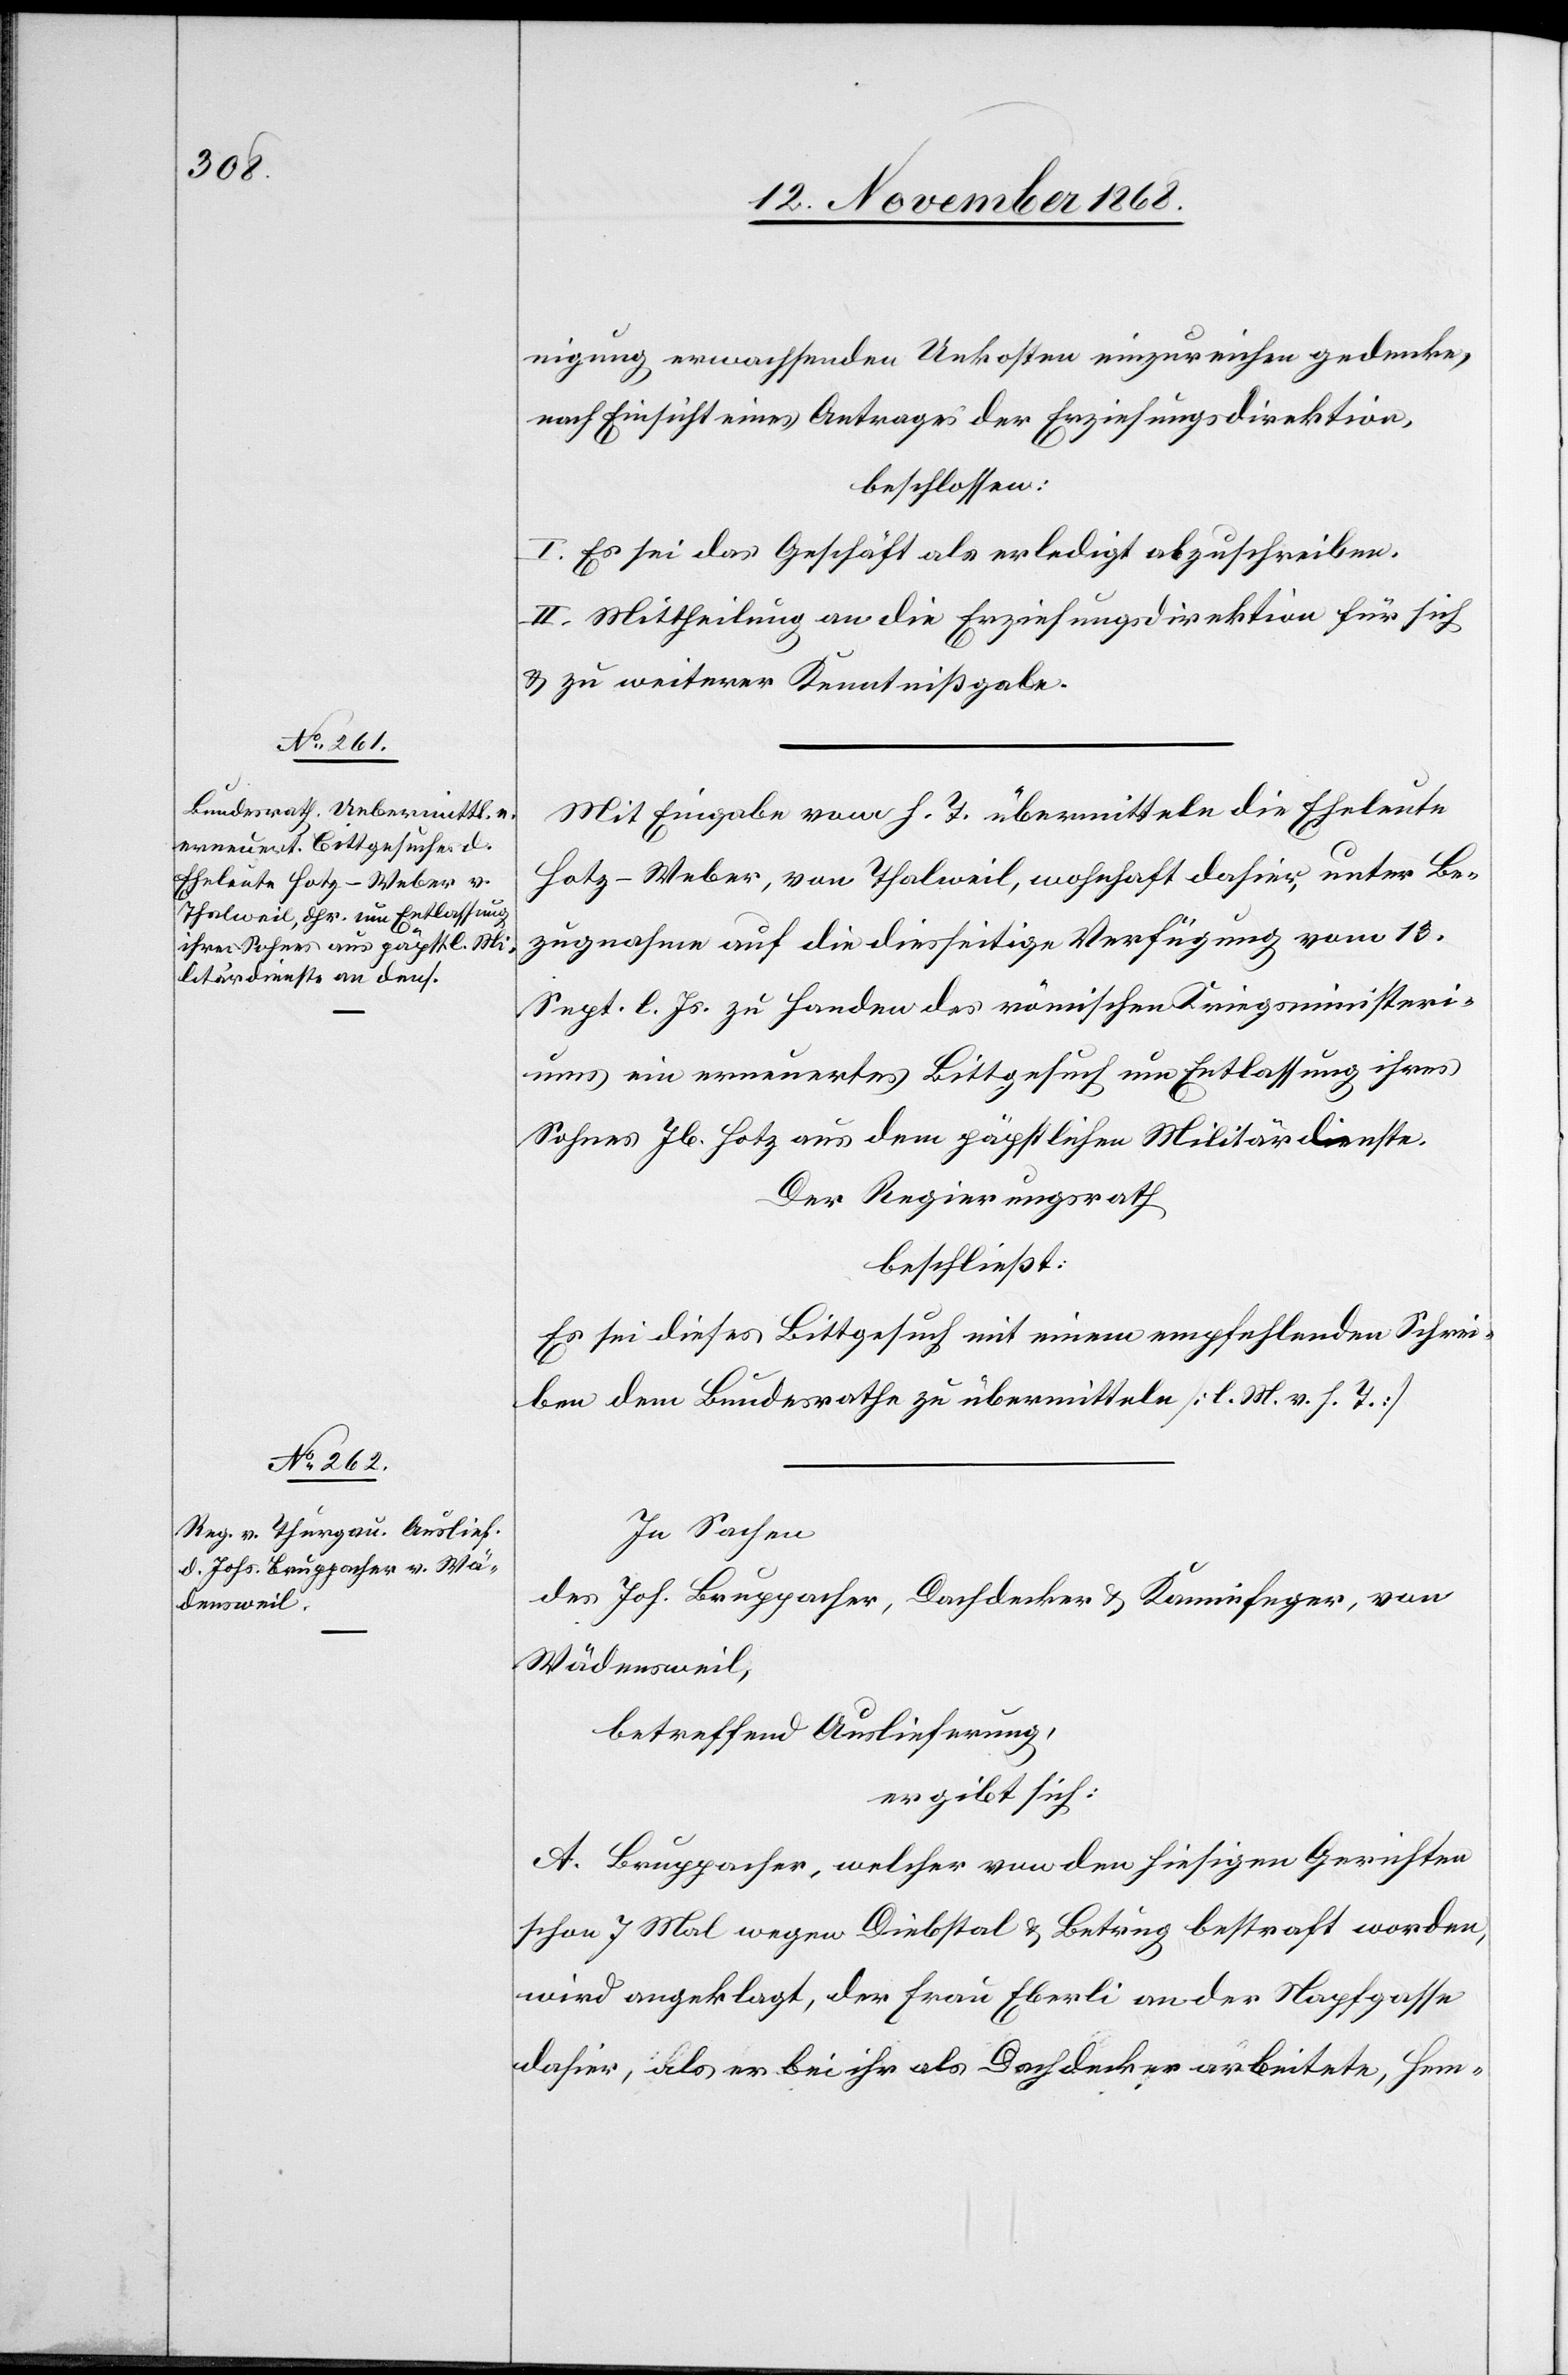
nigung erwachsenden Unkosten einzureichen gedenke,
nach Einsicht eines Antrages der Erziehungsdirektion,
beschlossen:
I. Es sei das Geschäft als erledigt abzuschreiben.
II. Mittheilung an die Erziehungsdirektion für sich
& zu weiterer Kenntnißgabe.
Mit Eingabe vom h. T. übermitteln die Eheleute
Hotz-Weber, von Thalweil, wohnhaft dahier, unter Be¬
zugnahme auf die diesseitige Verfügung vom 13.
Sept. l. Js. zu Handen des römischen Kriegsministeri¬
ums ein erneuertes Bittgesuch um Entlassung ihres
Sohnes Jb. Hotz aus dem päpstlichen Militärdienste.
Der Regierungsrath
beschließt:
Es sei dieses Bittgesuch mit einem empfehlenden Schrei¬
ben dem Bundesrathe zu übermitteln [l. M. v. h. T.]
In Sachen
des Joh. Bruppacher, Dachdecker & Kaminfeger, von
Wädensweil,
betreffend Auslieferung,
ergibt sich:
A. Bruppacher, welcher von den hiesigen Gerichten
schon 7 Mal wegen Diebstal & Betrug bestraft worden,
wird angeklagt, der Frau Eberli an der Napfgasse
dahier, als er bei ihr als Dachdecker arbeitete, Hem-